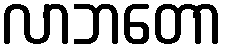
လာဘတော